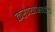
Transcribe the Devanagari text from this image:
करण्याआधीच